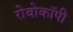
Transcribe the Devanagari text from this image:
रोबोकॉपी